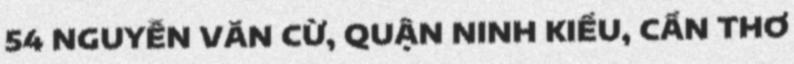
54 NGUYỄN VĂN CỪ, QUẬN NINH KIỀU, CẦN THƠ